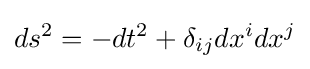
ds^{2}=-dt^{2}+\delta _{ij}dx^{i}dx^{j}